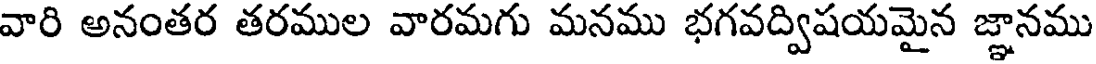
వారి అనంతర తరముల వారమగు మనము భగవద్విషయమైన జ్ఞానము